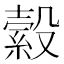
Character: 縠